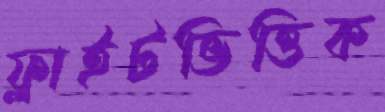
ফ্লাইটভিত্তিক